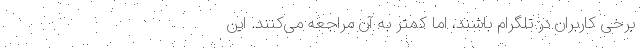
برخی کاربران در تلگرام باشند، اما کمتر به آن مراجعه می‌کنند. این